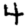
Digit: 4